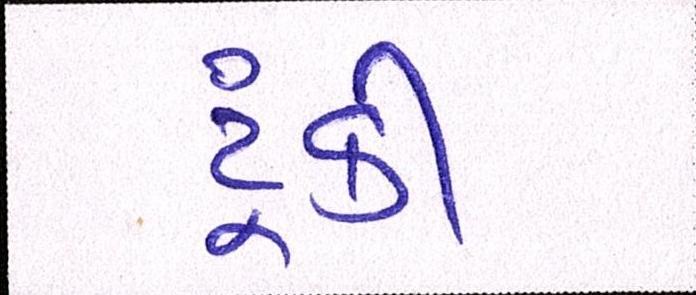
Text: ટૂંકી